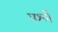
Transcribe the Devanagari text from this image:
पर्श्ले